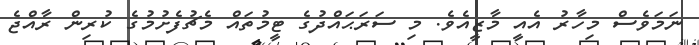
ނަމަވެސް މިހާރު އެއީ މާޒީއެވެ. މި ސަރަޙައްދުގެ ޓީމުތައް މެޗުފެށުމުގެ ކުރިން ރާއްޖެ